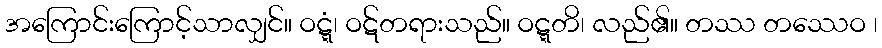
အကြောင်းကြောင့်သာလျှင်။ ဝဋ္ဋံ၊ ဝဋ်တရားသည်။ ဝဋ္ဋတိ၊ လည်၏။ တဿ တဿေဝ ၊